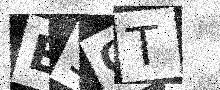
Text: E3CT